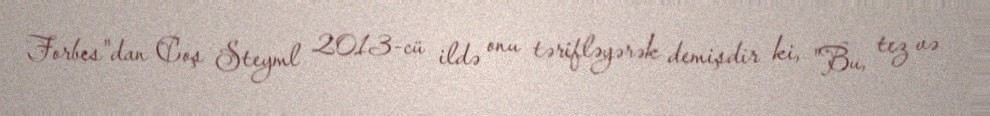
Forbes"dan Coş Steyml 2013-cü ildə onu tərifləyərək demişdir ki, "Bu, tez və